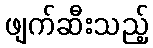
ဖျက်ဆီးသည့်